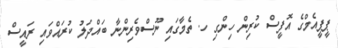
ޕީޕީއެމްގެ އޮފީސް ކުރިން ހިންގި ހ. ތެމާގައި ނޫސްވެރިންނާ ބައްދަލު ކުރައްވައި ރައީސް